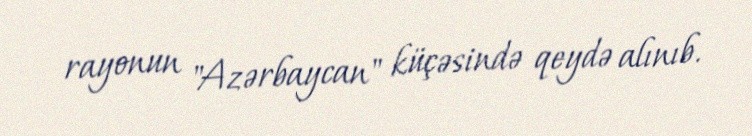
rayonun "Azərbaycan" küçəsində qeydə alınıb.